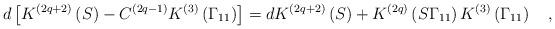
LaTeX: \begin{align*}d\left[ K^{\left( 2q+2\right) }\left( S\right) -C^{\left(2q-1\right) }K^{\left( 3\right) }\left( \Gamma _{11}\right) \right]=dK^{\left( 2q+2\right) }\left( S\right) +K^{\left( 2q\right) }\left(S\Gamma _{11}\right) K^{\left( 3\right) }\left( \Gamma _{11}\right) \quad ,\end{align*}